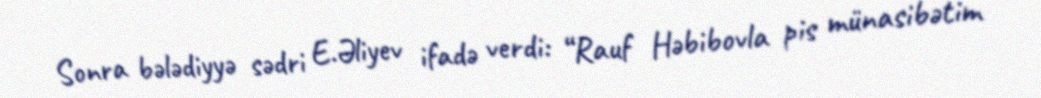
Sonra bələdiyyə sədri E.Əliyev ifadə verdi: “Rauf Həbibovla pis münasibətim